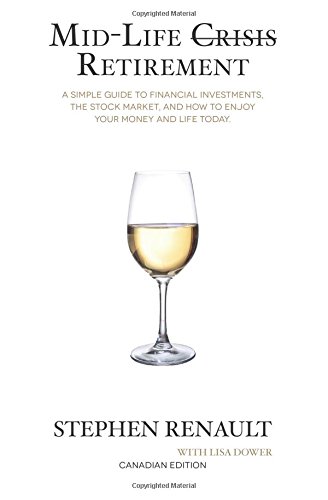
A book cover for Mid-Life Crisis Retirement: A Simple Guide to Financial Investments, the Stock Market, and How to Enjoy Your Money and Life Today.; Stephen Renault; Business & Money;